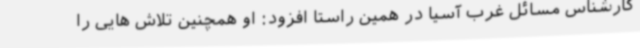
کارشناس مسائل غرب آسیا در همین راستا افزود: او همچنین تلاش هایی را